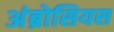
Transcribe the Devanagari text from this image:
अंब्रोसियस